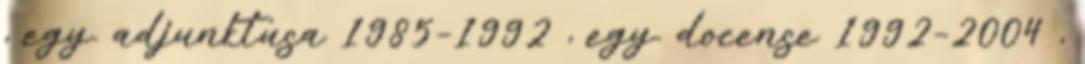
, egy. adjunktusa 1985–1992 , egy. docense 1992–2004 ,